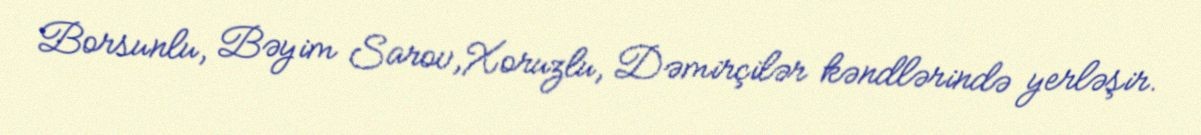
Borsunlu, Bəyim Sarov,Xoruzlu, Dəmirçilər kəndlərində yerləşir.